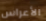
الأعراس